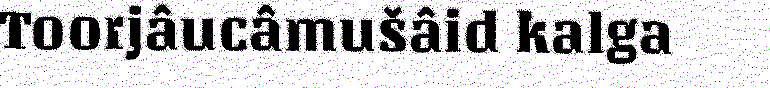
Toorjâucâmušâid kalga